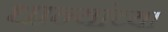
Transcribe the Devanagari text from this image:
धान्यांच्या